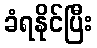
ခံရနိုင်ပြီး